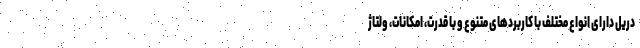
دریل دارای انواع مختلف با کاربردهای متنوع و با قدرت، امکانات، ولتاژ